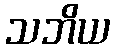
သဘိယ